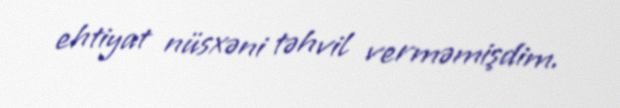
ehtiyat nüsxəni təhvil verməmişdim.